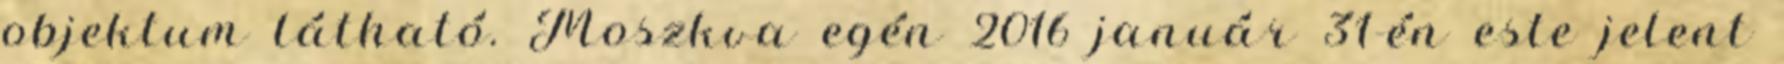
objektum látható. Moszkva egén 2016 január 31-én este jelent